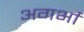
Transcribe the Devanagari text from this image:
अगर्भा